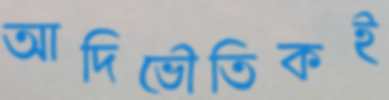
আদিভৌতিকই